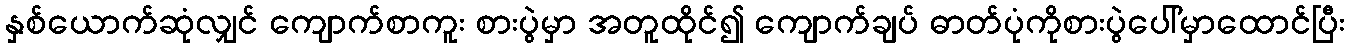
နှစ်ယောက်ဆုံလျှင် ကျောက်စာကူး စားပွဲမှာ အတူထိုင်၍ ကျောက်ချပ် ဓာတ်ပုံကိုစားပွဲပေါ်မှာထောင်ပြီး